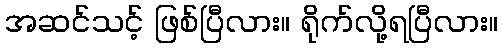
အဆင်သင့် ဖြစ်ပြီလား။ ရိုက်လို့ရပြီလား။